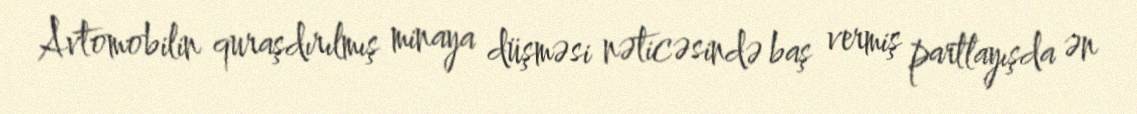
Avtomobilin quraşdırılmış minaya düşməsi nəticəsində baş vermiş partlayışda ən